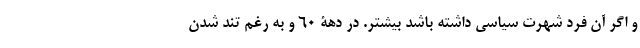
و اگر آن فرد شهرت سیاسی داشته باشد بیشتر. در دهۀ 60 و به رغم تند شدن